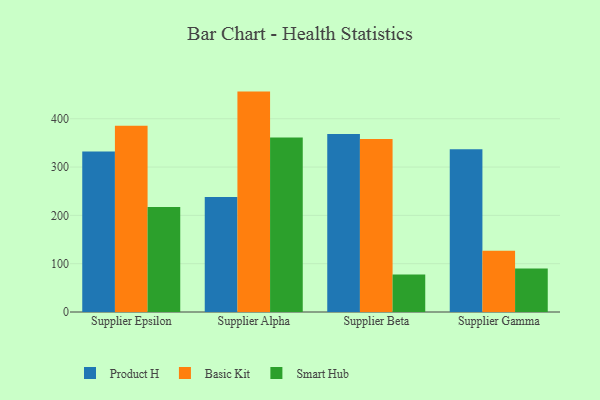
{"axis": {"x": "Supplier", "y": "Website Visitors"}, "legend": ["Basic Kit", "Product H", "Smart Hub"], "data": [{"x": "Supplier Epsilon", "y": 332.3, "type": "Product H"}, {"x": "Supplier Epsilon", "y": 385.6, "type": "Basic Kit"}, {"x": "Supplier Epsilon", "y": 217.5, "type": "Smart Hub"}, {"x": "Supplier Alpha", "y": 238.0, "type": "Product H"}, {"x": "Supplier Alpha", "y": 456.2, "type": "Basic Kit"}, {"x": "Supplier Alpha", "y": 361.2, "type": "Smart Hub"}, {"x": "Supplier Beta", "y": 368.6, "type": "Product H"}, {"x": "Supplier Beta", "y": 358.2, "type": "Basic Kit"}, {"x": "Supplier Beta", "y": 77.8, "type": "Smart Hub"}, {"x": "Supplier Gamma", "y": 336.9, "type": "Product H"}, {"x": "Supplier Gamma", "y": 127.0, "type": "Basic Kit"}, {"x": "Supplier Gamma", "y": 90.2, "type": "Smart Hub"}]}